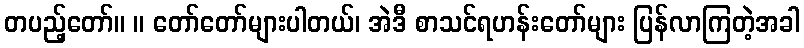
တပည့်တော်။ ။ တော်တော်များပါတယ်၊ အဲဒီ စာသင်ရဟန်းတော်များ ပြန်လာကြတဲ့အခါ